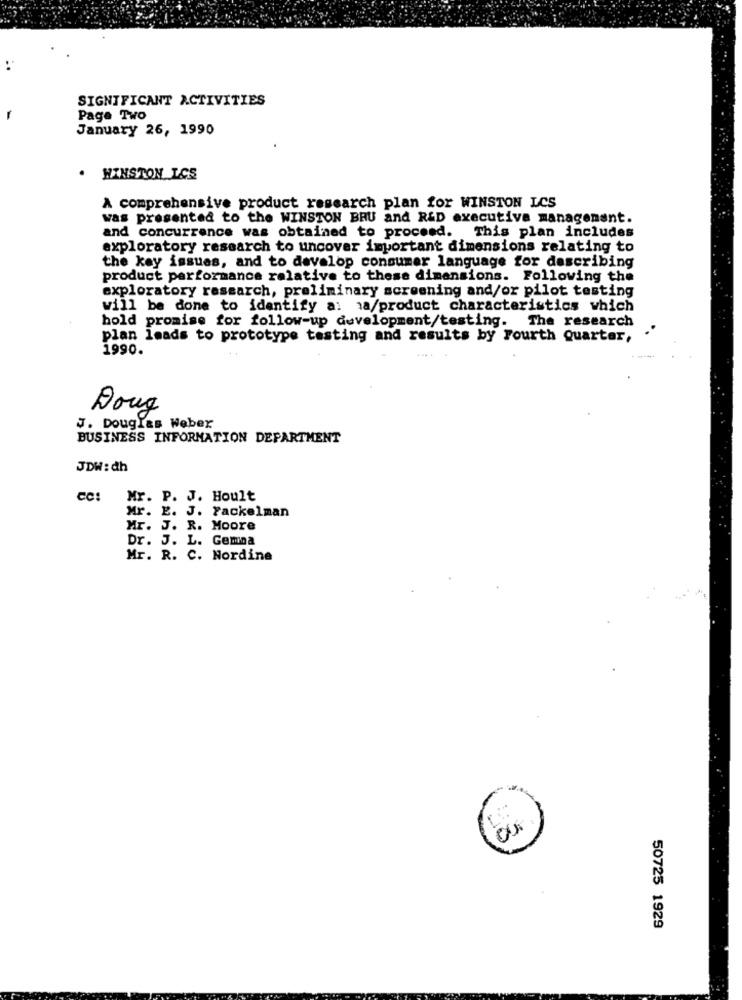
..
SIGNIFICANT ACTIVITIES
-
Paga Two
January 26, 1990
WINSTON LCS
A comprehensive product research plan for WINSTON LCS
was presented to the WINSTON BRU and R&D executive management.
and concurrence was obtained to proceed.
This plan includes
exploratory research to uncover important dimensions relating to
the key issues, and to develop consumer language for describing
product performance relative to these dimensions. Following the
exploratory research, preliminary screening and/or pilot testing
will be done to identify a: 1a/product characteristics which
hold promise for follow-up development/testing. The research
plan leads to prototype testing and results by Fourth Quarter,
1990.
Doug
J. Douglas Weber
BUSINESS INFORMATION DEPARTMENT
JDW: dh
Mr. P. J. Hoult
Mr. E. J. Fackelman
Mr. J. R. Moore
Dr. J. L. Gemna
Mr. R. C. Nordine
50725 1929